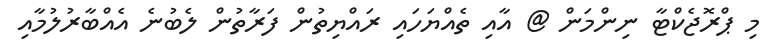
މި ޕްރޮޖެކްޓާ ނިންމަން @ އާއި ތެއްޔަހައި ރައްޔިތުން ފަރާތުން ލެބުނެ އެއްބާރުލުމާއި